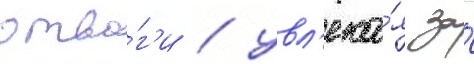
отва́г'и / увл'ека́я за́